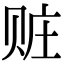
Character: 赃